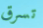
تسرق